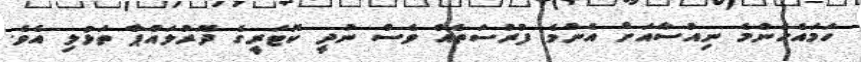
ހަމައެހެންމެ ނިއުސާއަށް އެންމެ ފުރުސަތެއް ވެސް ނުދީ ކޮޓަރީގެ ދޮރުލައްޕާ ތަޅުލި އެވެ.